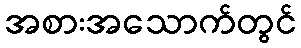
အစားအသောက်တွင်